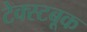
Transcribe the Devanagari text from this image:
टेक्स्टबूक